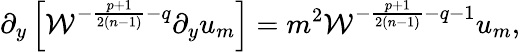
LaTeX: \partial_{y}\left[{\cal W}^{-{\frac{p+1}{2(n-1)}}-q}\partial_{y}u_{m}\right]=m^{2}{\cal W}^{-{\frac{p+1}{2(n-1)}}-q-1}u_{m},